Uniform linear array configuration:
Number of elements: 24
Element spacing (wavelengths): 1
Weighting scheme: exponential
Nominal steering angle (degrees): -60
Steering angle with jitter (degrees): -60.16
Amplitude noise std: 0.05
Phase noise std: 0.05

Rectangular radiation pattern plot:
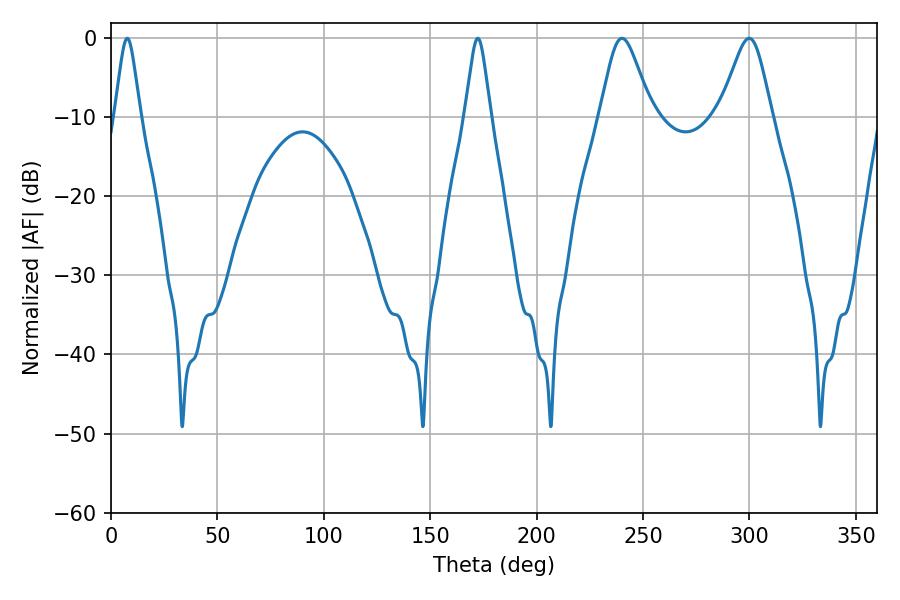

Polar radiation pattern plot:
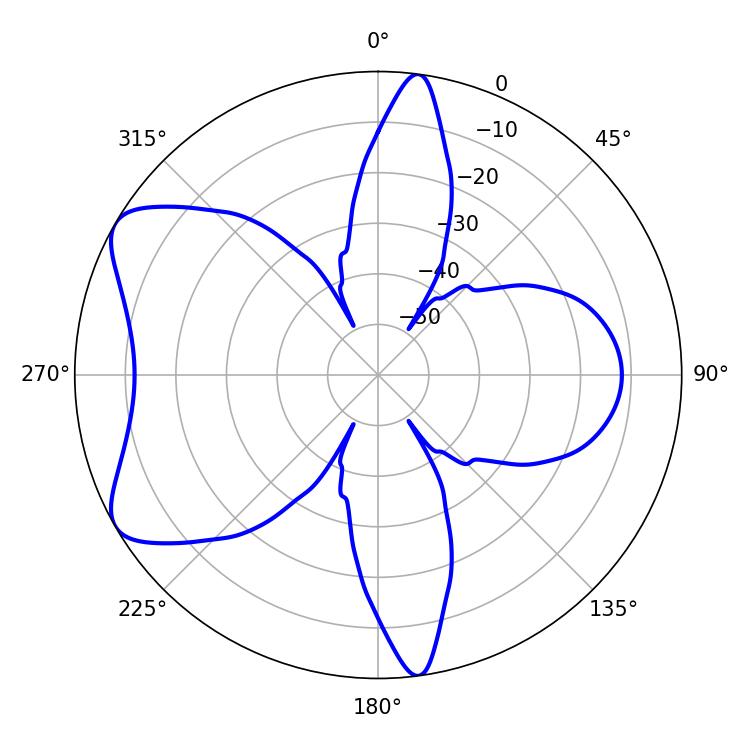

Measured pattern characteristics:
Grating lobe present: TRUE
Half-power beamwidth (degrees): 11.88
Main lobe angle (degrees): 299.88